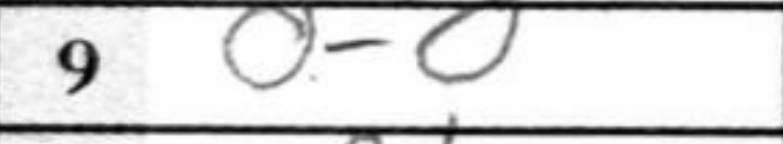
Transcription: O-O